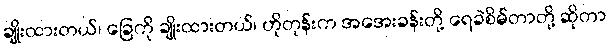
ချိုးထားတယ်၊ ခြေကို ချိုးထားတယ်၊ ဟိုတုန်းက အအေးခန်းတို့ ရေခဲစိမ်တာတို့ ဆိုတာ